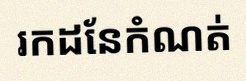
រកដែនកំណត់